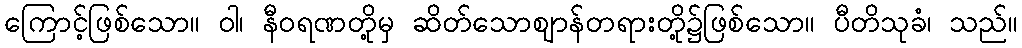
ကြောင့်ဖြစ်သော။ ဝါ၊ နီဝရဏတို့မှ ဆိတ်သောဈာန်တရားတို့၌ဖြစ်သော။ ပီတိသုခံ၊ သည်။